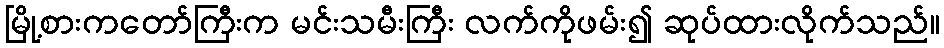
မြို့စားကတော်ကြီးက မင်းသမီးကြီး လက်ကိုဖမ်း၍ ဆုပ်ထားလိုက်သည်။